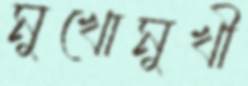
মুখোমুখী